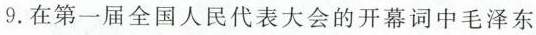
9.在第一届全国人民代表大会的开幕词中毛泽东